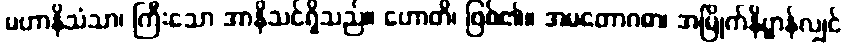
မဟာနိသံသာ၊ ကြီးသော အာနိသင်ရှိသည်။ ဟောတိ၊ ဖြစ်၏။ အမတောဂဓာ၊ အမြိုက်နိဗ္ဗာန်လျှင်